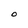
Character: O